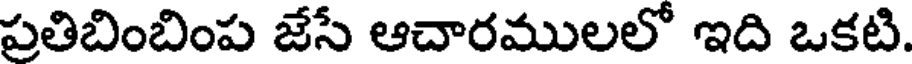
ప్రతిబింబింప జేసే ఆచారములలో ఇది ఒకటి.